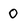
Character: 0